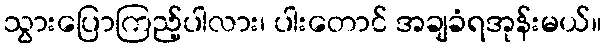
သွားပြောကြည့်ပါလား၊ ပါးတောင် အချခံရအုန်းမယ်။